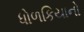
ધોળકિયાનો